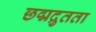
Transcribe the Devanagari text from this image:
छद्मद्रुतता